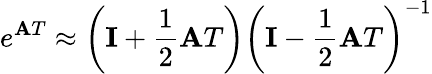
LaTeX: e^{\mathbf{A}T}\approx\left(\mathbf{I}+{\frac{1}{2}}\mathbf{A}T\right)\left(\mathbf{I}-{\frac{1}{2}}\mathbf{A}T\right)^{-1}